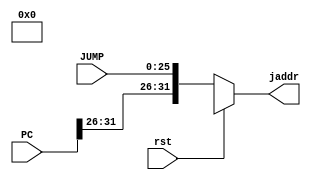
`timescale 1ns / 1ps
//////////////////////////////////////////////////////////////////////////////////
// Company: 
// Engineer: 
// 
// Design Name: 
// Module Name: jump
// Project Name: 
// Target Devices: 
// Tool Versions: 
// Description: 
// 
// Dependencies: 
// 
// Revision:
// Revision 0.01 - File Created
// Additional Comments:
// 
//////////////////////////////////////////////////////////////////////////////////


module jump 
/*** PARAMETERS ***/
#(parameter
    DATA_WL     = 32,
    ADDR_RF_WL  = 5,
    ADDR_MEM    = 32,
    IMMED_WL    = 16,
    JUMP_WL     = 26
)
/*** IN/OUT ***/
(
    // IN
    input                           rst,
    input [JUMP_WL - 1 : 0]         JUMP,
    input [ADDR_MEM - 1 : 0]        PC,
    // OUT
    output reg [ADDR_MEM - 1 : 0]   jaddr
);

    always @(*)
    begin
        if(rst) jaddr = 1'bx;
        else jaddr = {PC[31:26],JUMP};
    end
endmodule